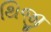
થિજી